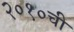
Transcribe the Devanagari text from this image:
२०१०ची